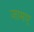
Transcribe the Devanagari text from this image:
जामए